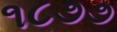
૧૮૭૭